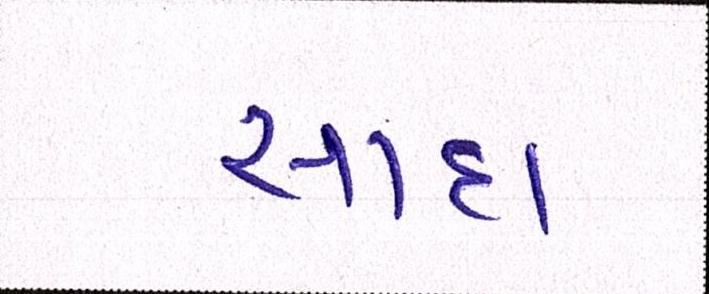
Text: સાદા